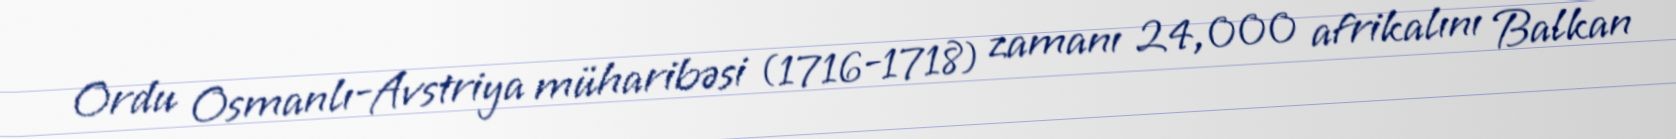
Ordu Osmanlı-Avstriya müharibəsi (1716-1718) zamanı 24,000 afrikalını Balkan